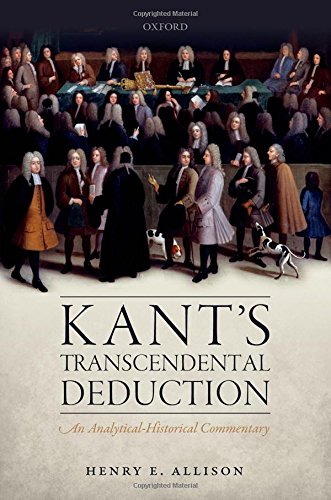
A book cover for Kant's Transcendental Deduction: An Analytical-Historical Commentary; Henry E. Allison; Politics & Social Sciences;